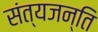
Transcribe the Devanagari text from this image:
संत्यजन्ति